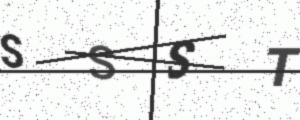
Text: SSST